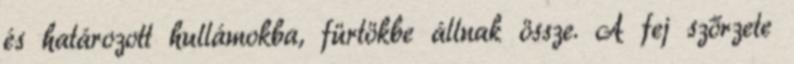
és határozott hullámokba, fürtökbe állnak össze. A fej szőrzete